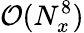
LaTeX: \mathcal{O}(N_{x}^{8})